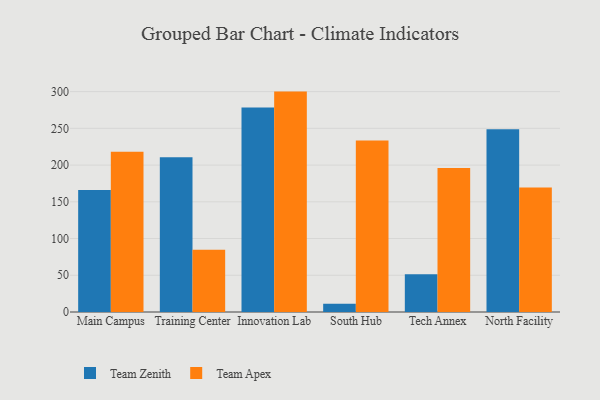
{"axis": {"x": "Campus", "y": "Customer Acquisition Cost (USD)"}, "legend": ["Team Apex", "Team Zenith"], "data": [{"x": "Main Campus", "y": 166.1, "type": "Team Zenith"}, {"x": "Main Campus", "y": 218.2, "type": "Team Apex"}, {"x": "Training Center", "y": 210.7, "type": "Team Zenith"}, {"x": "Training Center", "y": 84.9, "type": "Team Apex"}, {"x": "Innovation Lab", "y": 278.2, "type": "Team Zenith"}, {"x": "Innovation Lab", "y": 300.0, "type": "Team Apex"}, {"x": "South Hub", "y": 11.2, "type": "Team Zenith"}, {"x": "South Hub", "y": 233.3, "type": "Team Apex"}, {"x": "Tech Annex", "y": 51.5, "type": "Team Zenith"}, {"x": "Tech Annex", "y": 196.1, "type": "Team Apex"}, {"x": "North Facility", "y": 248.6, "type": "Team Zenith"}, {"x": "North Facility", "y": 169.5, "type": "Team Apex"}]}